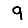
Digit: 9